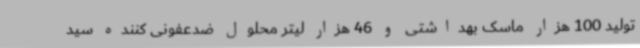
تولید 100 هزار ماسک بهداشتی و 46 هزار لیتر محلول ضدعفونی کننده سید